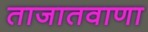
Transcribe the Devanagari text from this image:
ताजातवाणा